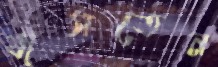
বাসতেন